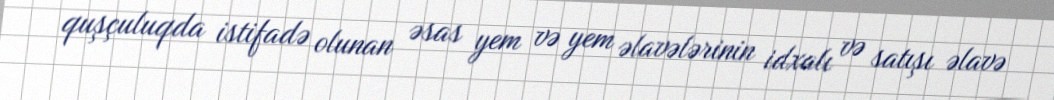
quşçuluqda istifadə olunan əsas yem və yem əlavələrinin idxalı və satışı əlavə